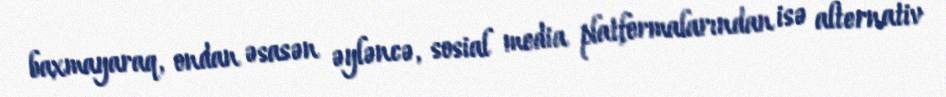
baxmayaraq, ondan əsasən əyləncə, sosial media platformalarından isə alternativ